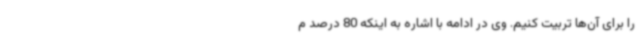
را برای آن‌ها تربیت کنیم. وی در ادامه با اشاره به اینکه 80 درصد م